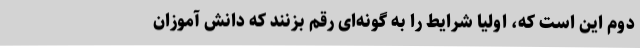
دوم این است که، اولیا شرایط را به گونه‌ای رقم بزنند که دانش آموزان